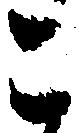
こ